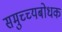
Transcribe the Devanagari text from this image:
समुच्च्यबोधक